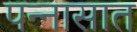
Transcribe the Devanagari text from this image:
पन्‍नासात